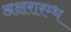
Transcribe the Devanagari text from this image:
अक्षरारम्भ